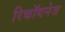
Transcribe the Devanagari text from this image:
रिकॉयनेज